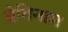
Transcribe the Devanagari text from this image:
वेगिनाम